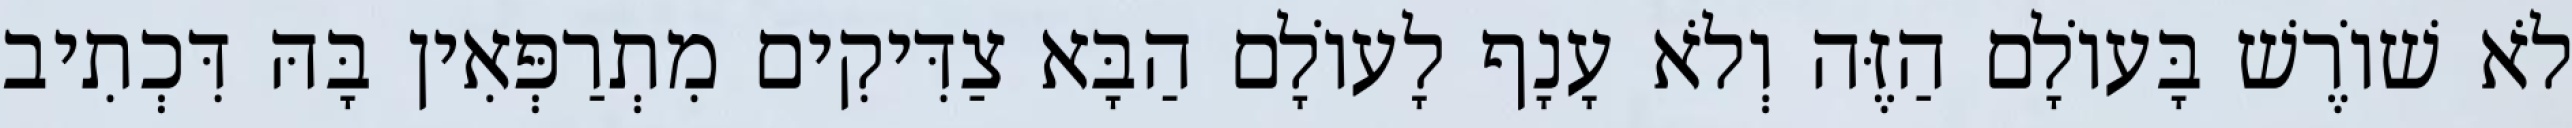
לֹא שׁוֹרֶשׁ בָּעוֹלָם הַזֶּה וְלֹא עָנָף לָעוֹלָם הַבָּא צַדִּיקִים מִתְרַפְּאִין בָּהּ דִּכְתִיב